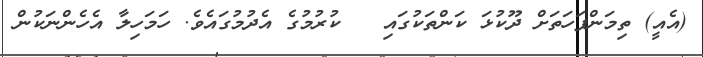
(އެއީ) ތިމަންފަހަތަށް ދޫކުޅަ ކަންތަކުގައި   ކުރުމުގެ އެދުމުގައެވެ. ހަމަހިލާ އެހެންނަކުން